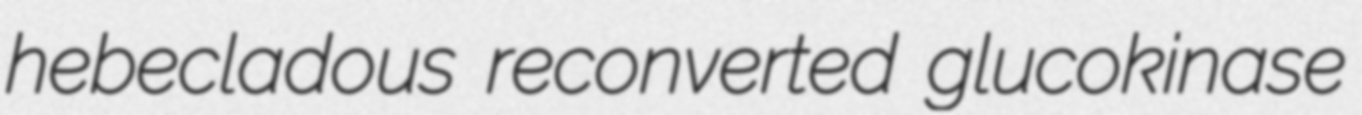
hebecladous reconverted glucokinase